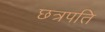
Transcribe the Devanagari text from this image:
छत्रपति